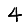
Digit: 4